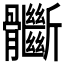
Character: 𩪽